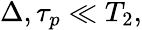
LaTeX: \begin{array}{r}{\Delta,\tau_{p}\ll T_{2},}\end{array}